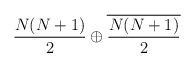
\begin{align*}\frac{N(N+1)}{2} \oplus\overline{\frac{N(N+1)}{2}}\end{align*}